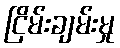
ငြိမ်းချမ်းမှု